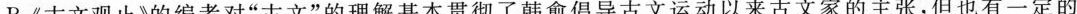
B.《古文观止》的编者对”古文”的理解基本贯彻了韩愈倡导古文运动以来古文家的主张，但也有一定的